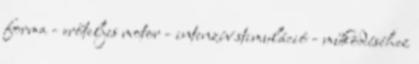
forma - erőteljes motor - intenzív stimuláció - működéséhez